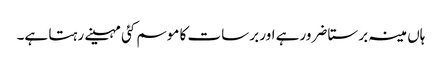
ہاں مینہ برستا ضرورہے اور برسات کا موسم کئی مہینے رہتا ہے۔